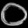
Digit: ၀